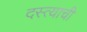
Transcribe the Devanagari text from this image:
दस्त्याची